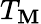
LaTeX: T_{\mathbf{M}}